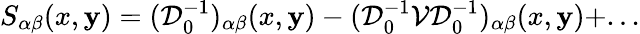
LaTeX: S_{\alpha\beta}(x,\mathbf{y})=({\mathcal{D}}_{0}^{-1})_{\alpha\beta}(x,\mathbf{y})-({\mathcal{D}}_{0}^{-1}{\mathcal{V}}{\mathcal{D}}_{0}^{-1})_{\alpha\beta}(x,\mathbf{y})+...